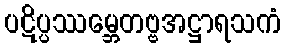
ပဋိပ္ပဿမ္ဘေတဗ္ဗအဋ္ဌာရသကံ